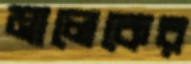
মালেকের